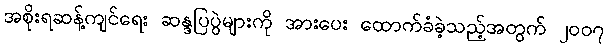
အစိုးရဆန့်ကျင်ရေး ဆန္ဒပြပွဲများကို အားပေး ထောက်ခံခဲ့သည့်အတွက် ၂၀၀၇